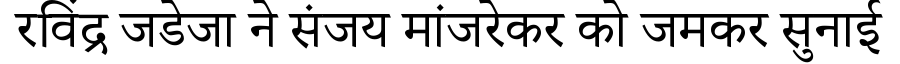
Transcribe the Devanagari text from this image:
रविंद्र जडेजा ने संजय मांजरेकर को जमकर सुनाई